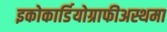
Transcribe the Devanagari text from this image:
इकोकार्डियोग्राफीअस्थमा